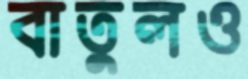
বাতুলও